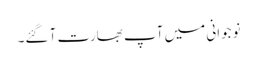
نوجوانی میں آپ بھارت آ گئے۔